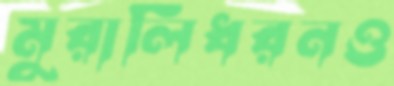
মুরালিধরনও